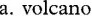
a.volcano